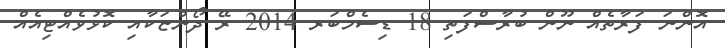
އޮންނަ ފަރާތެއް ނޫން ބުރާސްފަތި 18 ޑިސެމްބަރ 2014 ރޭ ދޯންޏަކާއި ކޮޅުވެއްޓިއެއް